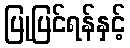
ပြုပြင်ရန်နှင့်